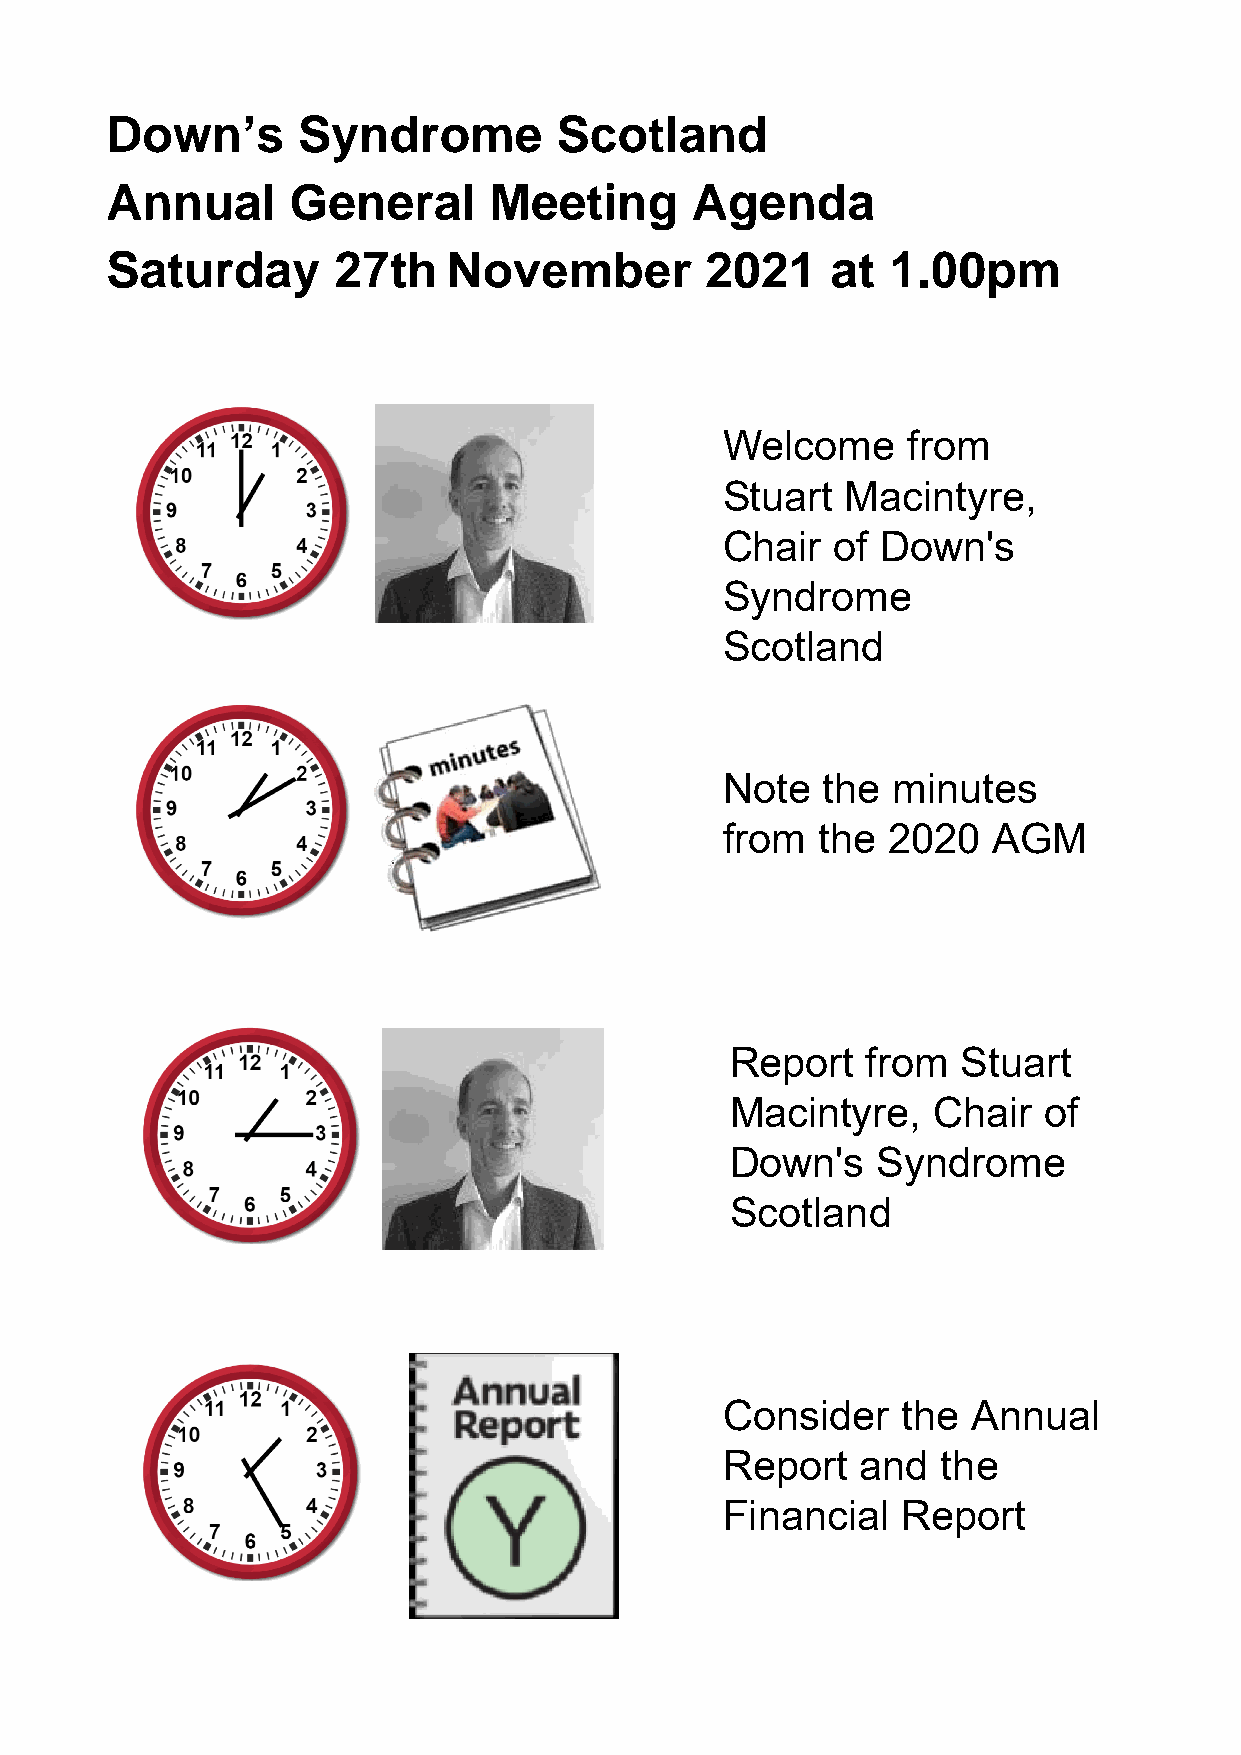
Down’s       Syndrome         Scotland
 Annual      General      Meeting       Agenda
 Saturday                                2021    at    . 0pm
 27th    November                     1  0
 Welcome     from
 Stuart  Macintyre,
 Chair  of Down's
 Syndrome
 Scotland
 Note  the  minutes
 from  the  2020   AGM
 Report   from   Stuart
 Macintyre,    Chair  of
 Down's    Syndrome
 Scotland
 Consider    the Annual
 Report   and  the
 Financial   Report